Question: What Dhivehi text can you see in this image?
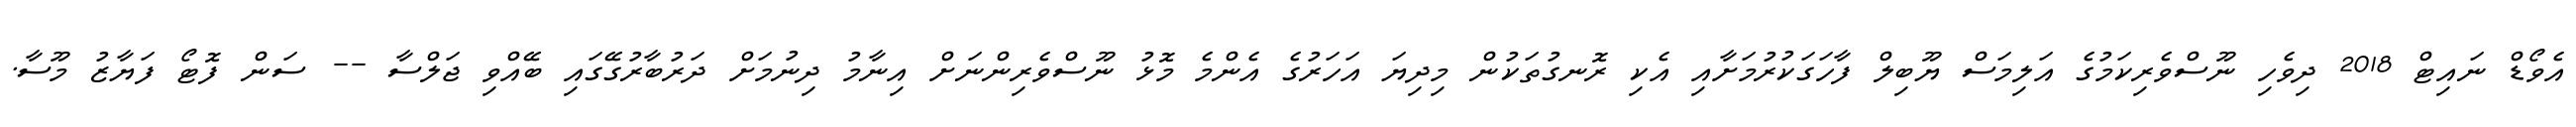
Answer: އެވޯޑް ނައިޓް 2018 ދިވެހި ނޫސްވެރިކަމުގެ އަލިމަސް ޔޫބިލް ފާހަގަކުރުމަށާއި އެކި ރޮނގުތަކުން މިދިޔަ އަހަރުގެ އެންމެ މޮޅު ނޫސްވެރިންނަށް އިނާމު ދިނުމަށް ދަރުބާރުގޭގައި ބޭއްވި ޖަލްސާ -- ސަން ފޮޓޯ ފަޔާޒު މޫސާ.